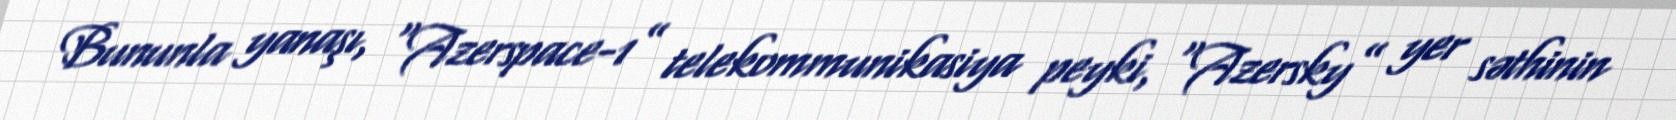
Bununla yanaşı, “Azerspace-1” telekommunikasiya peyki, “Azersky” yer səthinin